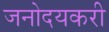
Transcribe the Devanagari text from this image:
जनोदयकरी